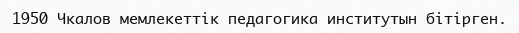
1950 Чкалов мемлекеттік педагогика институтын бітірген.